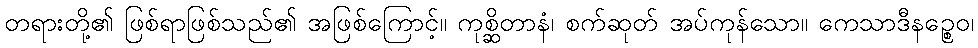
တရားတို့၏ ဖြစ်ရာဖြစ်သည်၏ အဖြစ်ကြောင့်။ ကုစ္ဆိတာနံ၊ စက်ဆုတ် အပ်ကုန်သော။ ကေသာဒီနဉ္စေဝ၊